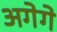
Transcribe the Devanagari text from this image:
अगेगे